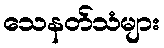
သေနတ်သံများ